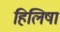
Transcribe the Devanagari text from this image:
हिलिषा